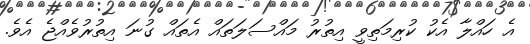
އެ ހައްލާ އެކު ކުރިމަތިވީ އިތުރު މައްސަލަތައް އެތައް ގުނަ އިތުރުވެއްޖެ އެވެ.